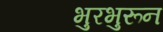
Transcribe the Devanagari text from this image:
भुरभुरून